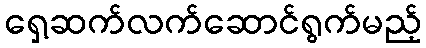
ရှေ့ဆက်လက်ဆောင်ရွက်မည့်